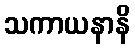
သကာယနာနိ